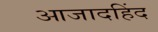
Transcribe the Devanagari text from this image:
आजादहिंद